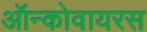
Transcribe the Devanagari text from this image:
ऑन्कोवायरस